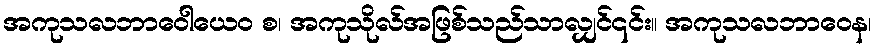
အကုသလဘာဝေါယေဝ စ၊ အကုသိုလ်အဖြစ်သည်သာလျှင်၎င်း။ အကုသလဘာဝေန၊